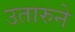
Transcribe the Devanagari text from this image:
उतारुने